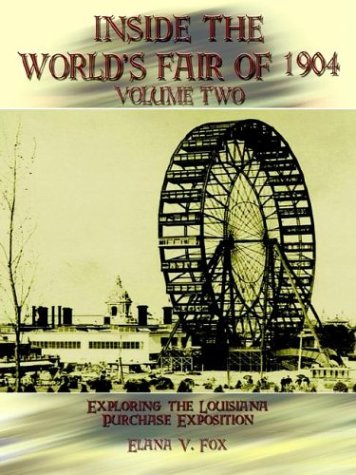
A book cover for Inside the World's Fair of 1904: Exploring the Louisiana Purchase Exposition, Vol. 2; Elana V. Fox; Travel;